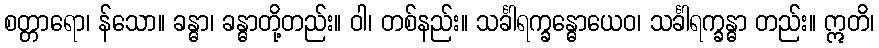
စတ္တာရော၊ န်သော။ ခန္ဓာ၊ ခန္ဓာတို့တည်း။ ဝါ၊ တစ်နည်း။ သင်္ခါရက္ခန္ဓောယေဝ၊ သင်္ခါရက္ခန္ဓာ တည်း။ ဣတိ၊